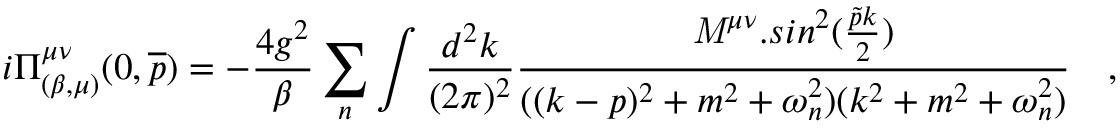
i \Pi _ { ( \beta , \mu ) } ^ { \mu \nu } ( 0 , \overline { { p } } ) = - \frac { 4 g ^ { 2 } } { \beta } \sum _ { n } \int \frac { d ^ { 2 } k } { ( 2 \pi ) ^ { 2 } } \frac { { \mathit { M } } ^ { \mu \nu } . s i n ^ { 2 } ( \frac { \tilde { p } k } { 2 } ) } { ( ( k - p ) ^ { 2 } + m ^ { 2 } + \omega _ { n } ^ { 2 } ) ( k ^ { 2 } + m ^ { 2 } + \omega _ { n } ^ { 2 } ) } ~ ~ ~ ,